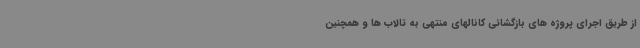
از طریق اجرای پروژه های بازگشائی کانالهای منتهی به تالاب ها و همچنین